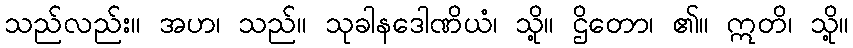
သည်လည်း။ အဟ၊ သည်။ သုခါနဒေါဏိယံ၊ သို့။ ဌိတော၊ ၏။ ဣတိ၊ သို့။